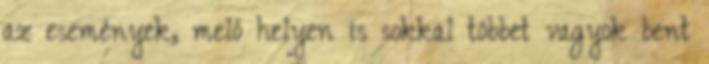
az események, meló helyen is sokkal többet vagyok bent